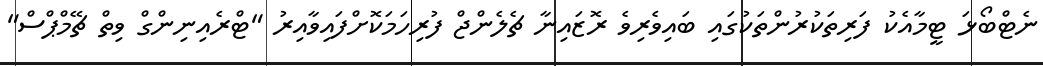
ނެޓްބޯޅަ ޓީމާއެކު ފަރިތަކުރުންތަކުގައި ބައިވެރިވެ ރޮޒައިނާ ޗެލެންޖް ފުރިހަމަކޮށްފައިވާއިރު "ޓްރެއިނިންގް ވިތް ޗޭމްޕްސް"